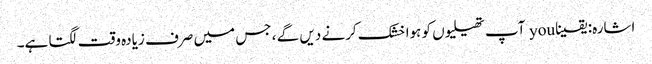
اشارہ: یقینا you آپ تھیلیوں کو ہوا خشک کرنے دیں گے ، جس میں صرف زیادہ وقت لگتا ہے۔